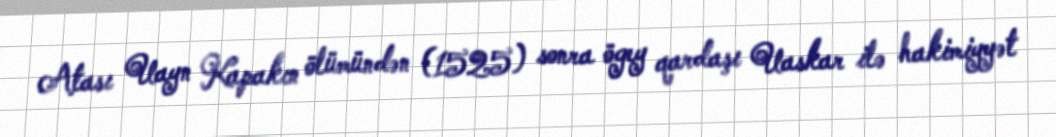
Atası Uayn Kapakın ölümündən (1525) sonra ögey qardaşı Uaskar ilə hakimiyyət